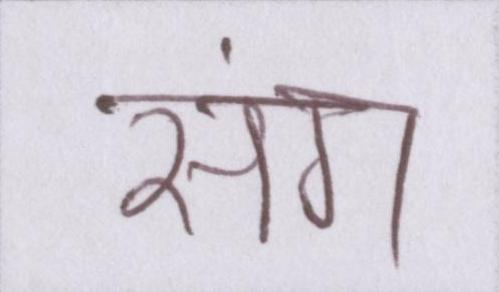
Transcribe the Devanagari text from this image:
संग